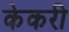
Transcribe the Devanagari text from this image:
केकरी